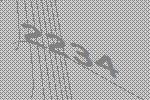
2234